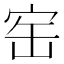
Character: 𡧰